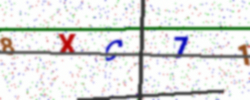
Text: 8XC71